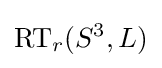
{\text{RT}}_{r}(S^{3},L)